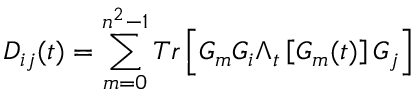
{ { D } _ { i j } } ( t ) = \sum _ { m = 0 } ^ { { { n } ^ { 2 } } - 1 } { T r \left[ { { G } _ { m } } { { G } _ { i } } { { \Lambda } _ { t } } \left[ { { G } _ { m } ( t ) } \right] { { G } _ { j } } \right] }